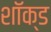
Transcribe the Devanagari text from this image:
शॉक्ड